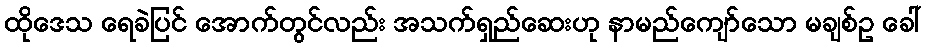
ထိုဒေသ ရေခဲပြင် အောက်တွင်လည်း အသက်ရှည်ဆေးဟု နာမည်ကျော်သော မချစ်ဥ ခေါ်